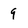
Character: 9